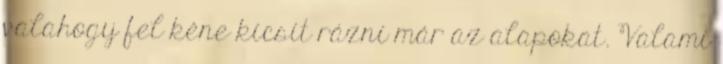
valahogy fel kéne kicsit rázni már az alapokat. Valami